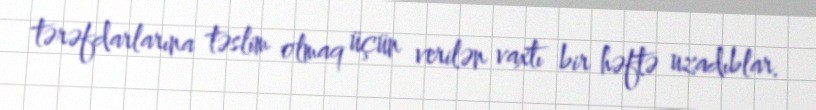
tərəfdarlarına təslim olmaq üçün verilən vaxtı bir həftə uzadıblar.